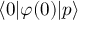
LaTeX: \langle 0 | \varphi ( 0 ) | p \rangle